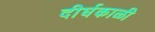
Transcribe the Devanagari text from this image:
दीर्घकाळी